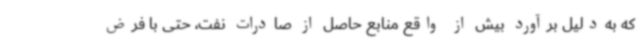
که به‌دلیل برآورد بیش از واقع منابع حاصل از صادرات نفت، حتی با فرض